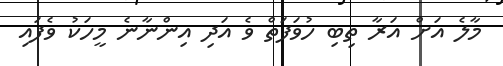
މާލެ އަށް އަރާ ތިބި ހުވަފަތް ވެ އަދި އިންނާނެ މީހަކު ވެފައި